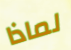
لماذا